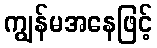
ကျွန်မအနေဖြင့်